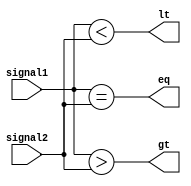
module comparator_16bit(input [15:0] signal1, input [15:0] signal2, output gt, output lt, output eq);

    assign gt = (signal1 > signal2);
    assign lt = (signal1 < signal2);
    assign eq = (signal1 == signal2);
    
endmodule